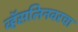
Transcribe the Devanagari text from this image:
व्हॅसलिनवरचा